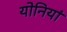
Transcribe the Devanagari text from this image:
योनियां